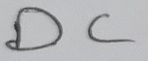
Text: DC